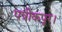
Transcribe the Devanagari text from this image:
पत्रीकपूर।